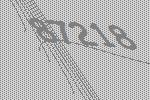
87218